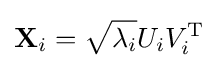
\mathbf {X} _{i}={\sqrt {\lambda _{i}}}U_{i}V_{i}^{\mathrm {T} }